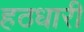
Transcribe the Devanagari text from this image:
हठधारी